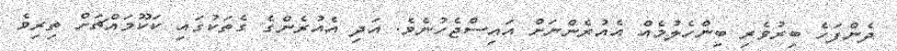
ދެންފަހެ ބިރުވެރި ބިންހެލުމެއް އެއުރެންނަށް އައިސްޖެހުނެވެ. އަދި އެއުރެންގެ ގެތަކުގައި ކަކޫމައްޗަށް ތިރިވެ